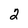
Character: 2